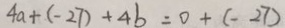
4 a + ( - 2 7 ) + 4 b = 0 + ( - 2 7 )